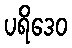
ပရိဒေဝ